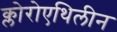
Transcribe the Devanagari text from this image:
क्लोरोएथिलीन